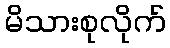
မိသားစုလိုက်